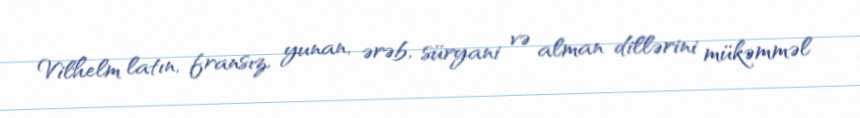
Vilhelm latın, fransız, yunan, ərəb, süryani və alman dillərini mükəmməl